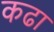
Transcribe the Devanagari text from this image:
कढा